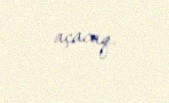
açacaq.